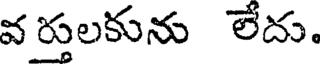
వ ర్తులకును లేదు.